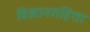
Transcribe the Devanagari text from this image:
विज्ञानसंहिता